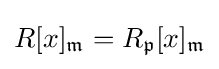
R[x]_{\mathfrak {m}}=R_{\mathfrak {p}}[x]_{\mathfrak {m}}